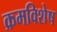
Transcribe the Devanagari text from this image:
क्रमविशेष